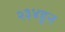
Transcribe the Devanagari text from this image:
२३४हून